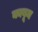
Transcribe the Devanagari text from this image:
काबूम